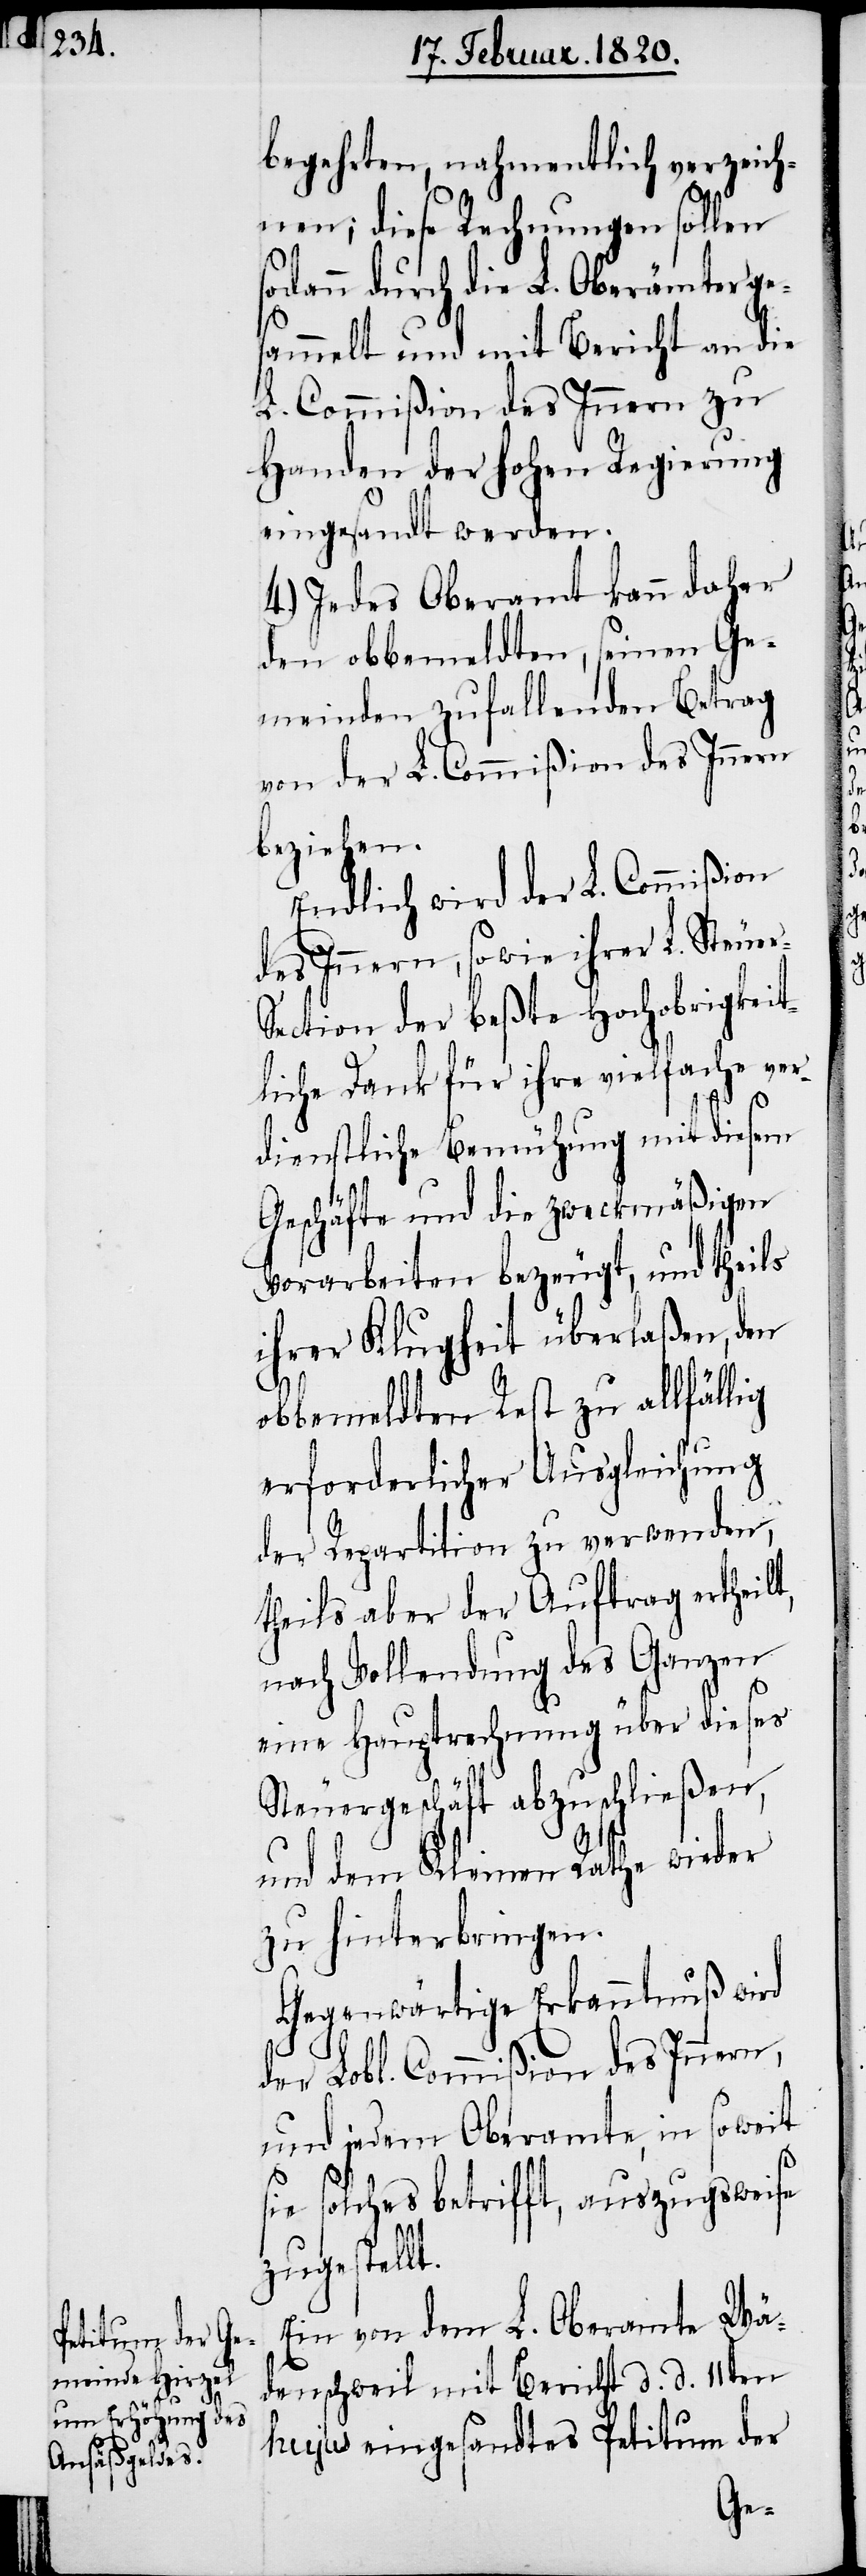
begehrten, nahmentlich verzeich¬
nen; diese Rechnungen sollen
sodann durch die L. Oberämter ge¬
sammelt und mit Bericht an die
L. Commißion des Innern zu
Handen der hohen Regierung
eingesandt werden.
4.) Jedes Oberamt kann daher
den obbemeldten, seinen Ge¬
meinden zufallenden Betrag
von der L. Commißion des Innern
beziehen.
Endlich wird der L. Commißion
des Innern, sowie ihrer L. Steuer-S¬
ection der beßte Hochobrigkeit¬
liche Dank für ihre vielfache ver¬
dienstliche Bemühung mit diesem
t,
Geschäfte und die zweckmäßigen
Vorarbeiten bezeugt, und theils
ihrer Klugheit überlaßen, den
obbemeldten Rest zu allfällig
erforderlicher Ausgleichung
der Repartition zu verwenden,
theils aber der Auftrag ertheil¬
nach Vollendung des Ganzen
eine Hauptrechnung über dieses
Steuergeschäft abzuschließen,
und dem Kleinen Rathe wieder
zu hinterbringen.
Gegenwärtige Erkanntnuß wird
der Lobl. Commißion des Innern,
und jedem Oberamte, in soweit
sie solches betrifft, auszugsweise
zugestellt.
Ein von dem L. Oberamte Wä¬
denschweil mit Bericht d. d. 11ten
hujus eingesandtes Petitum der